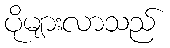
ပိုများလာသည်